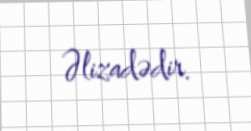
Əlizadədir.